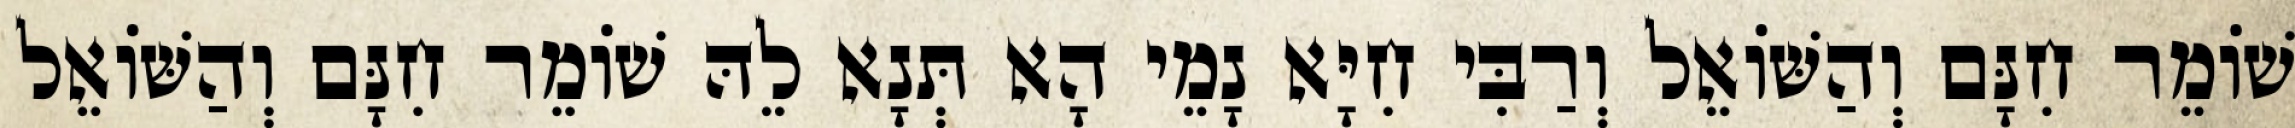
שׁוֹמֵר חִנָּם וְהַשּׁוֹאֵל וְרַבִּי חִיָּא נָמֵי הָא תְּנָא לֵהּ שׁוֹמֵר חִנָּם וְהַשּׁוֹאֵל